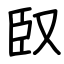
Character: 臤